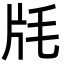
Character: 㲏